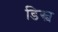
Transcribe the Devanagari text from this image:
डिस्च